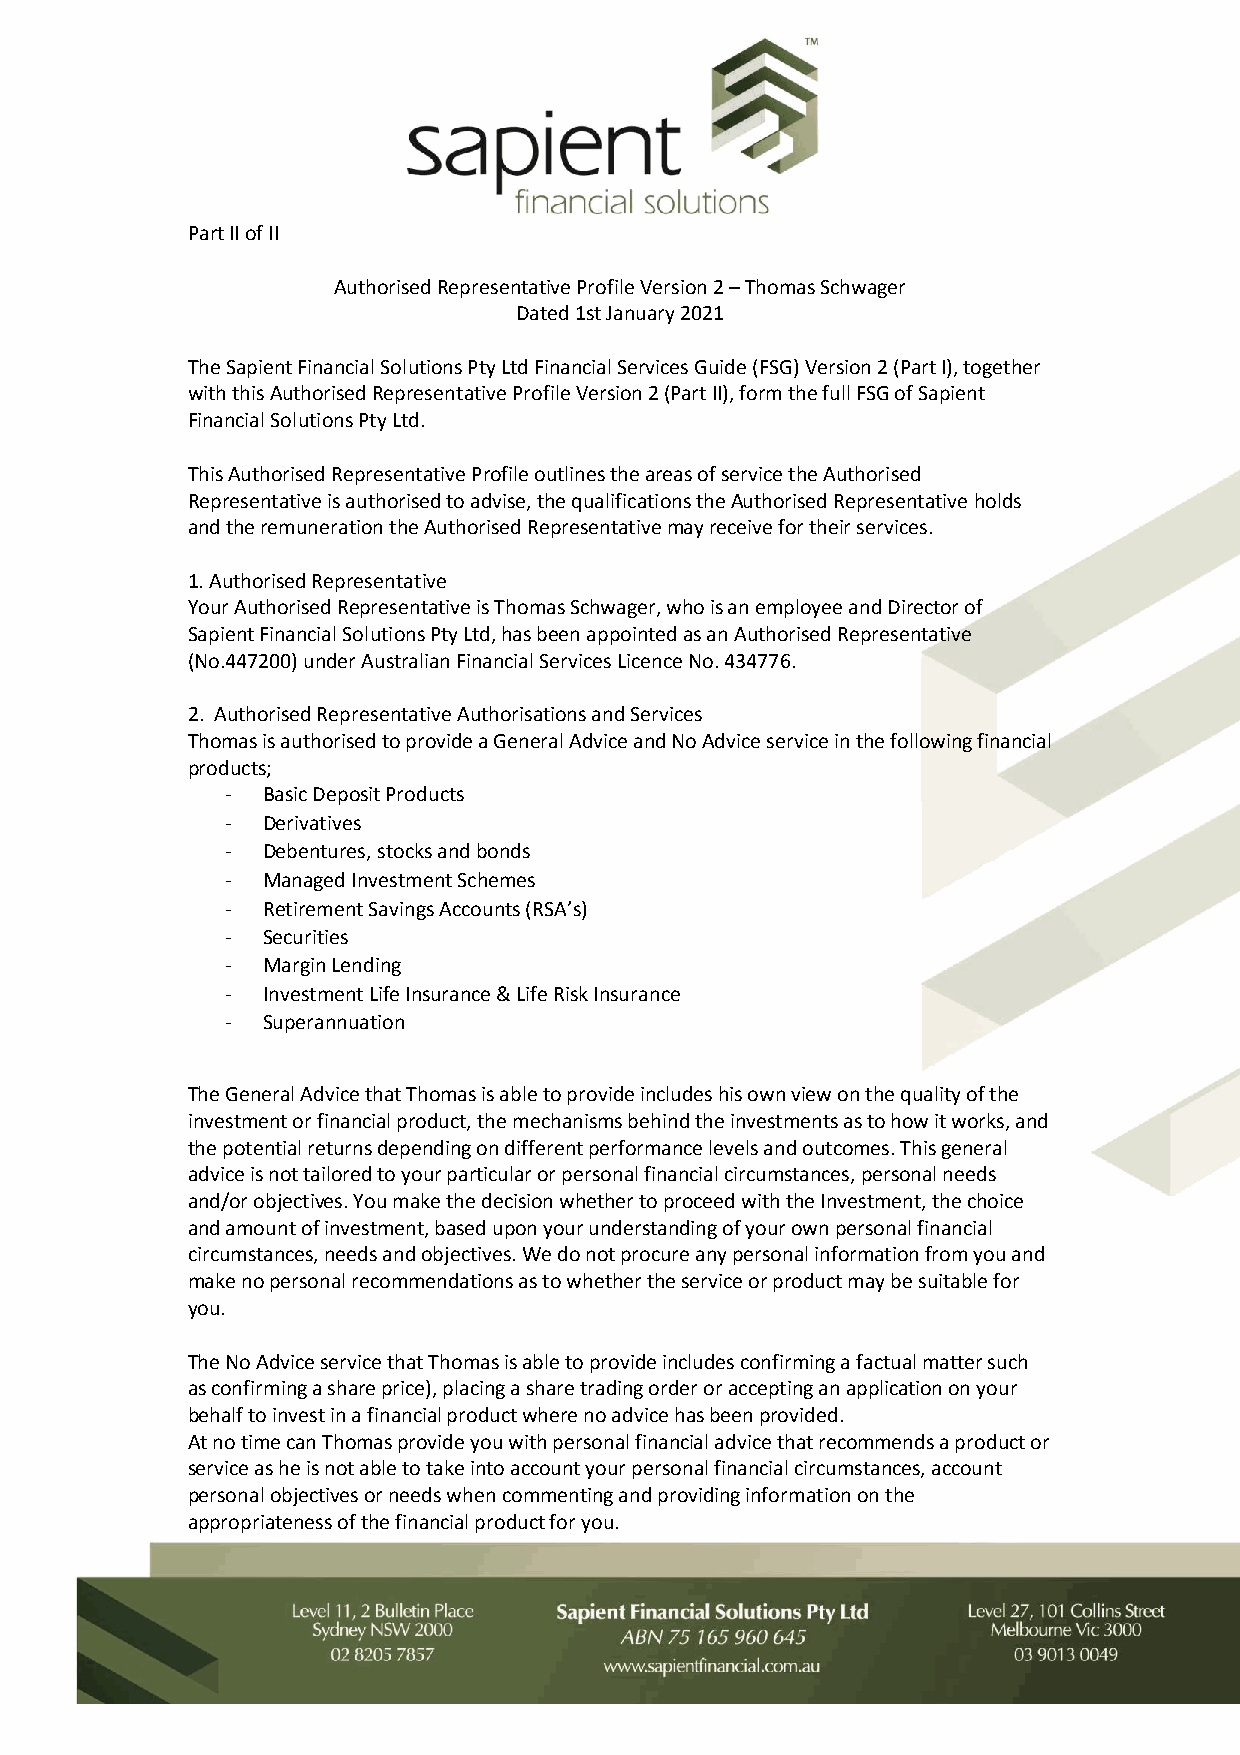
Part II of II
 Authorised Representative Profile Version 2 – Thomas Schwager
 Dated 1st January 2021
 The Sapient Financial Solutions Pty Ltd Financial Services Guide (FSG) Version 2 (Part I), together
 with this Authorised Representative Profile Version 2 (Part II), form the full FSG of Sapient
 Financial Solutions Pty Ltd.
 This Authorised Representative Profile outlines the areas of service the Authorised
 Representative is authorised to advise, the qualifications the Authorised Representative holds
 and the remuneration the Authorised Representative may receive for their services.
 1. Authorised Representative
 Your Authorised Representative is Thomas Schwager, who is an employee and Director of
 Sapient Financial Solutions Pty Ltd, has been appointed as an Authorised Representative
 (No.447200) under Australian Financial Services Licence No. 434776.
 2. Authorised Representative Authorisations and Services
 Thomas is authorised to provide a General Advice and No Advice service in the following financial
 products;
 - Basic Deposit Products
 - Derivatives
 - Debentures, stocks and bonds
 - Managed Investment Schemes
 - Retirement Savings Accounts (RSA’s)
 - Securities
 - Margin Lending
 - Investment Life Insurance & Life Risk Insurance
 - Superannuation
 The General Advice that Thomas is able to provide includes his own view on the quality of the
 investment or financial product, the mechanisms behind the investments as to how it works, and
 the potential returns depending on different performance levels and outcomes. This general
 advice is not tailored to your particular or personal financial circumstances, personal needs
 and/or objectives. You make the decision whether to proceed with the Investment, the choice
 and amount of investment, based upon your understanding of your own personal financial
 circumstances, needs and objectives. We do not procure any personal information from you and
 make no personal recommendations as to whether the service or product may be suitable for
 you.
 The No Advice service that Thomas is able to provide includes confirming a factual matter such
 as confirming a share price), placing a share trading order or accepting an application on your
 behalf to invest in a financial product where no advice has been provided.
 At no time can Thomas provide you with personal financial advice that recommends a product or
 service as he is not able to take into account your personal financial circumstances, account
 personal objectives or needs when commenting and providing information on the
 appropriateness of the financial product for you.